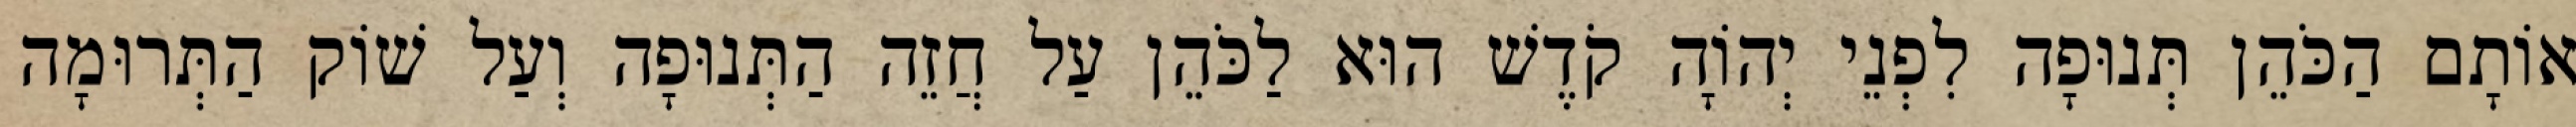
אוֹתָם הַכֹּהֵן תְּנוּפָה לִפְנֵי יְהוָֹה קֹדֶשׁ הוּא לַכֹּהֵן עַל חֲזֵה הַתְּנוּפָה וְעַל שׁוֹק הַתְּרוּמָה